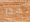
لهذا